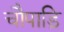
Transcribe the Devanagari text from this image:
चौपाड़ि